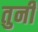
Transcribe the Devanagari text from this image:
तुनीं